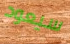
سيعود